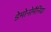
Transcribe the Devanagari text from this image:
डेमोनोमैनिया